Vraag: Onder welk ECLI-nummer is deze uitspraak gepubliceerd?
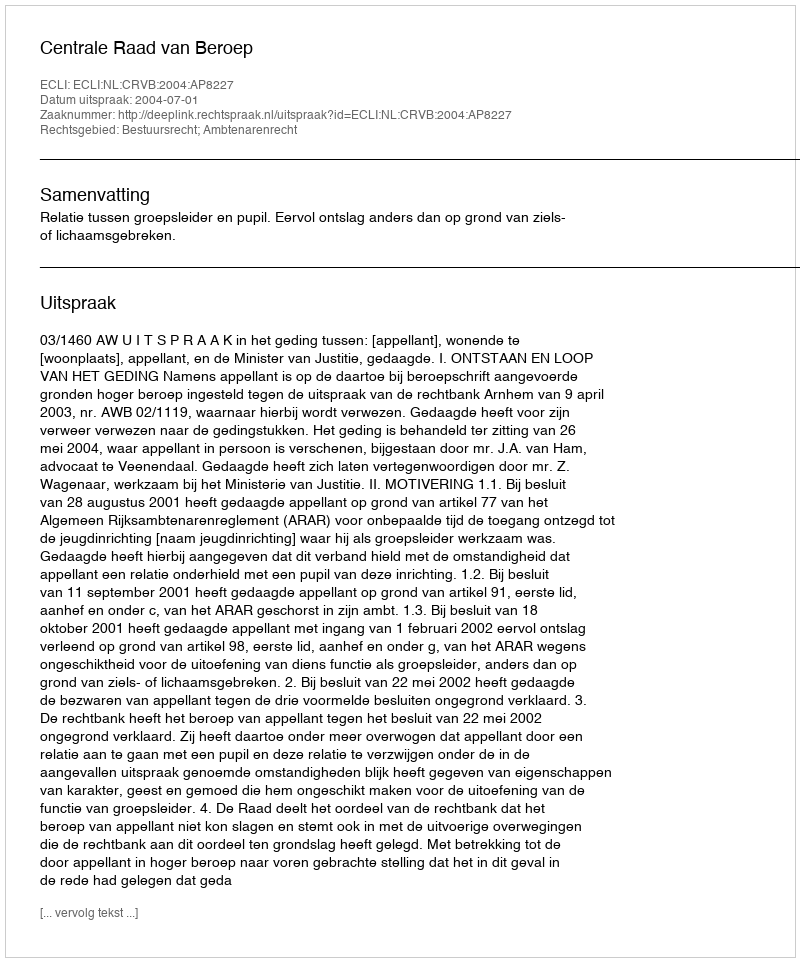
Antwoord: ECLI:NL:CRVB:2004:AP8227